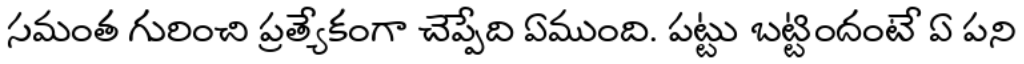
సమంత గురించి ప్రత్యేకంగా చెప్పేది ఏముంది. పట్టు బట్టిందంటే ఏ పని